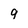
Character: 9